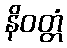
နိဝတ္တံ